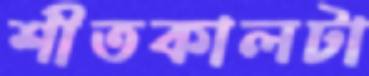
শীতকালটা